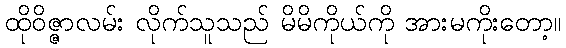
ထိုဝိဇ္ဇာလမ်း လိုက်သူသည် မိမိကိုယ်ကို အားမကိုးတော့။